Report on sanitation, dispensaries, and jails in Rajputana for 1909, and on vaccination for the year 1909-1910 - 1909-1910
Year: 1909
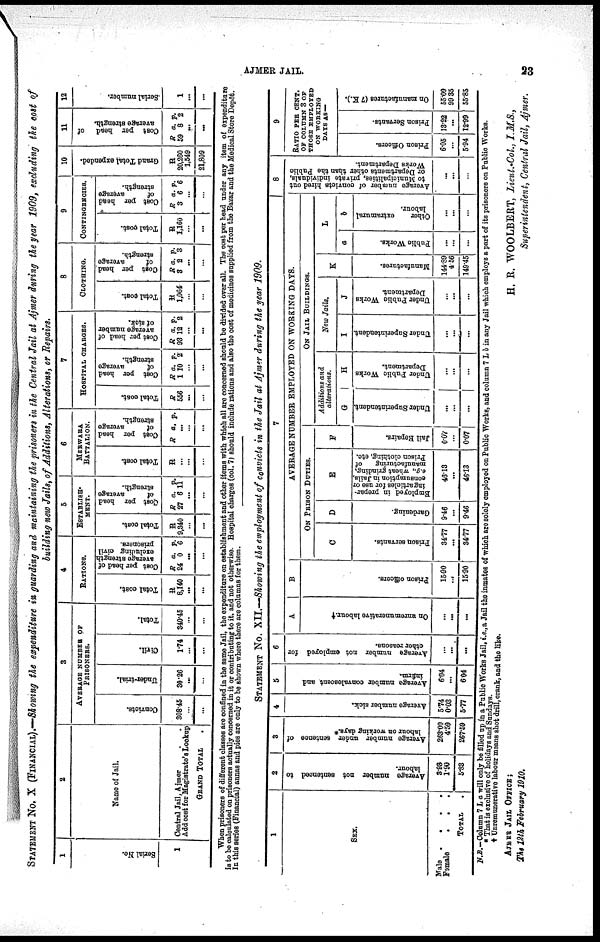
AJMER JAIL.
23
STATEMENT No. X (FINANCIAL).—Showing the expenditure in guarding and, maintaining the prisoners in the Central Jail at Ajmer during the year 1909, excluding the cost of
building new Jails, of Additions, Alterations, or Repairs.
1
Serial No.
1
2
Name of Jail.
Central Jail, Ajmer . .
Add cost for Magistrate's Lockup
GRAND TOTAL .
3
AVERAGE NUMBER OF
PRISONERS.
Convicts.
308.45
...
...
Under-trial.
30.26
...
...
Civil.
1.74
...
...
Total.
340.45
...
...
4
RATIONS.
Total cost.
R
8,140
...
...
Cost per head of
average strength
excluding civil
prisoners.
R
24
a.
0
p.
6
...
...
5
ESTABLISH¬
MENT.
Total cost.
R
9,340
...
...
Cost per head
of
average
strength.
R
27
a.
6
p.
11
...
...
6
MERWARA
BATTALION.
Total cost.
R
...
...
...
Cost
per head
of
average
strength.
R a. p.
...
...
...
7
HOSPITAL CHARGES.
Total cost.
R
556
...
...
Cost per head
of
average
strength.
R
1
a.
10
p.
2
...
...
Cost per head of
average number
of sick.
R
93
a.
12
p.
2
...
...
8
CLOTHING.
Total cost.
R
1,064
...
...
Cost per head
of
average
strength.
R
3
a.
2
p.
3
...
...
9
CONTINGENCIES.
Total cost.
R
1,160
...
...
Cost per head
of
average
strength.
R
3
a.
6
p.
6
...
...
10
Grand Total expended.
R
20,260
1,549
21,809
11
Cost per head of
average strength.
R
59
a.
8
p.
2
...
...
12
Serial number.
1
...
...
When prisoners of different classes are confined in the same Jail, the expenditure on establishment and other items with which all are concerned should be divided over all. The cost per head under any item of expenditure
is to be calculated on prisoners actually concerned in it or contributing to it, and not otherwise. Hospital charges (col. 7) should include rations and also the cost of medicines supplied from the Bazar and the Medical Store Depôt.
In this series (Financial) annas and pies are only to be shown where there are columns for them.
STATEMENT No. XII.—Showing the employment of convicts in the Jail at Ajmer during the year 1909.
1
SEX.
Male .
.
.
.
Female . . .
TOTAL .
2
Average number not sentenced to
labour.
3.93
1.90
5.83
3
Average number under sentence of
labour on working days.*
263.00
4.59
267.59
4
Average number sick.
5.74
0.03
5.77
5
Average number convalescent and
infirm.
6.04
...
6.04
6
Average number not employed for
other reasons.
...
...
...
7
A
On unremunerative labour.†
...
...
...
B
Prison officers.
15.90
...
15.90
AVERAGE NUMBER EMPLOYED ON WORKING DAYS.
ON PRISON DUTIES.
C
Prison servants.
34.77
...
34.77
D
Gardening.
9.46
...
9.46
E
Employed
in prepar-
ing articles for use or
consumption in jails,
e.g., wheat grinding,
manufacturing
of
prison clothing, etc.
46.13
...
46.13
F
Jail Repairs.
0.07
...
0.07
ON JAIL BUILDINGS.
Additions and
alterations.
G
Under Superintendent.
...
...
...
H
Under
public works
department.
...
...
...
New Jails.
I
Under superintendent.
...
...
...
J
Under Public Works
Department.
...
...
...
K
Manufactures.
144.89
4.56
149.45
L
a
Public Works.
...
...
...
b
Other
extramural
labour.
...
...
...
8
Average number of convicts hired out
to municipalities, private individuals,
or Departments other than the public
Works Department.
...
...
9
RATIO PER CENT.
OF COLUMN 3 OF
THOSE EMPLOYED
ON WORKING
DAYS AS—
Prison Officers.
6.05
...
5.94
Prison Servants.
13.22
...
12.99
On manufactures (7 K.),
55.09
99.35
55.85
N.B.—Column 7 L a will only be filled up in a Public Works Jail, i.e., a Jail the inmates of which are solely employed on Public Works, and column 7 L b in any Jail which employs a part of its prisoners on Public Works.
*That is exclusive of holidays and Sundays
† Unremunerative labour means shot drill, crank, and the like.
H. R. WOOLBERT, Lieut.-Col., I.M.S.,
Superintendent, Central Jail, Ajmer.
AJMER JAIL OFFICE;
The 12th February 1910.